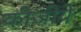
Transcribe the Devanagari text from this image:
कीजीये